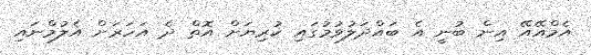
އެމްއޭއޭ އިން ބުނީ އެ ބައްދަލުވުމުގައި ކުރިޔަށް އޮތް ދެ އަހަރަށް އެލުމްނައި